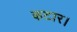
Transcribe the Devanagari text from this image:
कटार।